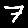
Digit: 7